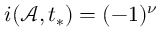
i ( \mathcal { A } , t _ { * } ) = ( - 1 ) ^ { \nu }